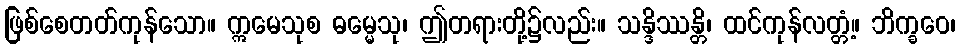
ဖြစ်စေတတ်ကုန်သော။ ဣမေသုစ ဓမ္မေသု၊ ဤတရားတို့၌လည်း။ သန္ဒိဿန္တိ၊ ထင်ကုန်လတ္တံ့။ ဘိက္ခဝေ၊